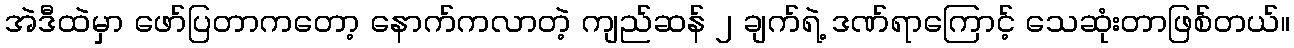
အဲဒီထဲမှာ ဖော်ပြတာကတော့ နောက်ကလာတဲ့ ကျည်ဆန် ၂ ချက်ရဲ့ ဒဏ်ရာကြောင့် သေဆုံးတာဖြစ်တယ်။